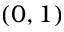
( 0 , 1 )